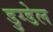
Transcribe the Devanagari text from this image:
डुग्डेल